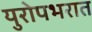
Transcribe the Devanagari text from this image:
युरोपभरात